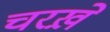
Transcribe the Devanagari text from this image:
चरख़े